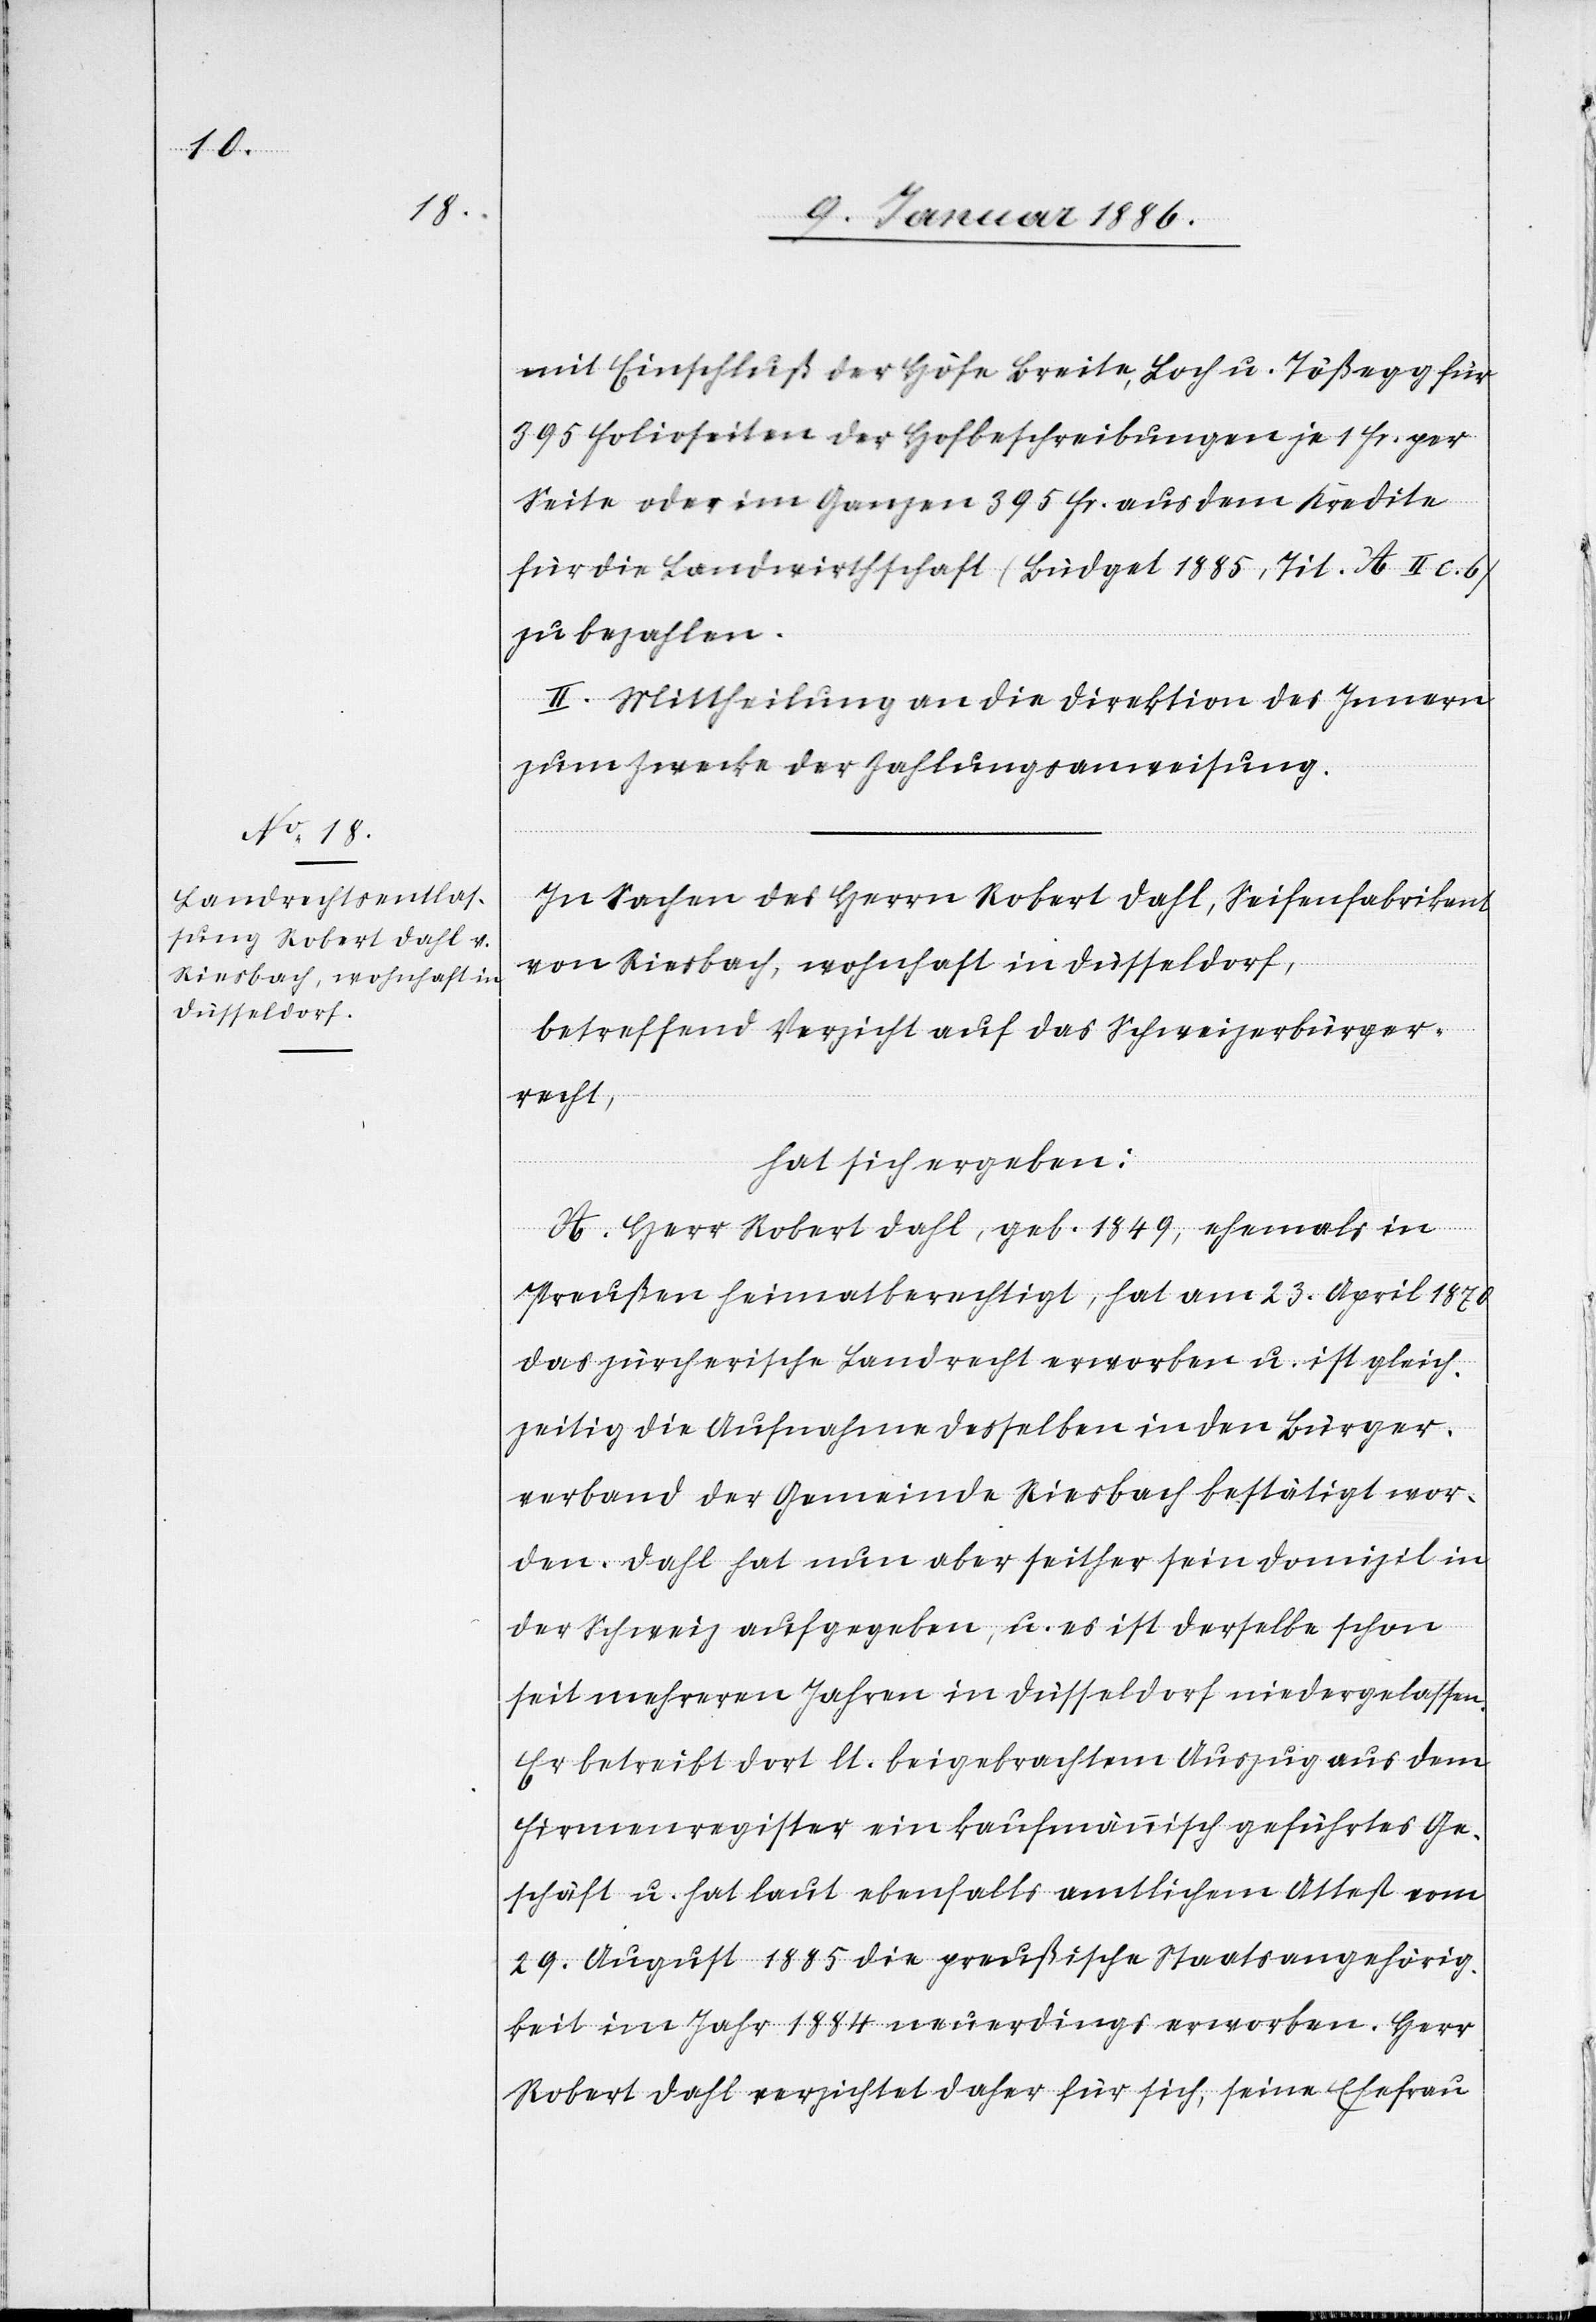
mit Einschluß der Höfe Breite, Loch u. Tößegg für
395 Folioseiten der Hofbeschreibungen je 1 Fr. per
Seite oder im Ganzen 395 Fr. aus dem Kredite
für die Landwirthschaft (Büdget 1885, Tit. A II c. b)
zu bezahlen.
II. Mittheilung an die Direktion des Innern
zum Zwecke der Zahlungsanweisung.
In Sachen des Herrn Robert Dahl, Seifenfabrikant
von Riesbach, wohnhaft in Düsseldorf,
betreffend Verzicht auf das Schweizerbürger¬
recht,
hat sich ergeben:
A. Herr Robert Dahl, geb. 1849, ehemals in
Preußen heimatberechtigt, hat am 23. April 1870
das zürcherische Landrecht erwerben u. ist gleich¬
zeitig die Aufnahme desselben in den Bürger¬
verband der Gemeinde Riesbach bestätigt wor¬
den. Dahl hat nun aber seither sein Domizil in
der Schweiz aufgegeben, u. es ist derselbe schon
seit mehreren Jahren in Düsseldorf niedergelassen.
Er betreibt dort lt. beigebrachtem Auszug aus dem
Firmenregister ein kaufmännisch geführtes Ge¬
schäft u. hat laut ebenfalls amtlichen Attest vom
29. August 1885 die preußische Staatsangehörig¬
keit im Jahr 1884 neuerdings erworben. Herr
Robert Dahl verzichtet daher für sich, seine Ehefrau